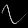
Digit: ၇